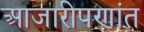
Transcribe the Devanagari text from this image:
आजारीपणांत